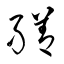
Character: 繕